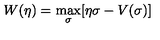
W ( \eta ) = \max _ { \sigma } [ \eta \sigma - V ( \sigma ) ]